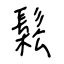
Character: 鬆